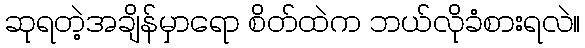
ဆုရတဲ့အချိန်မှာရော စိတ်ထဲက ဘယ်လိုခံစားရလဲ။